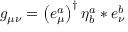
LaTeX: g _ { \mu \nu } = \left( e _ { \mu } ^ { a } \right) ^ { \dagger } \eta _ { b } ^ { a } \ast e _ { \nu } ^ { b }